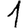
Digit: 1